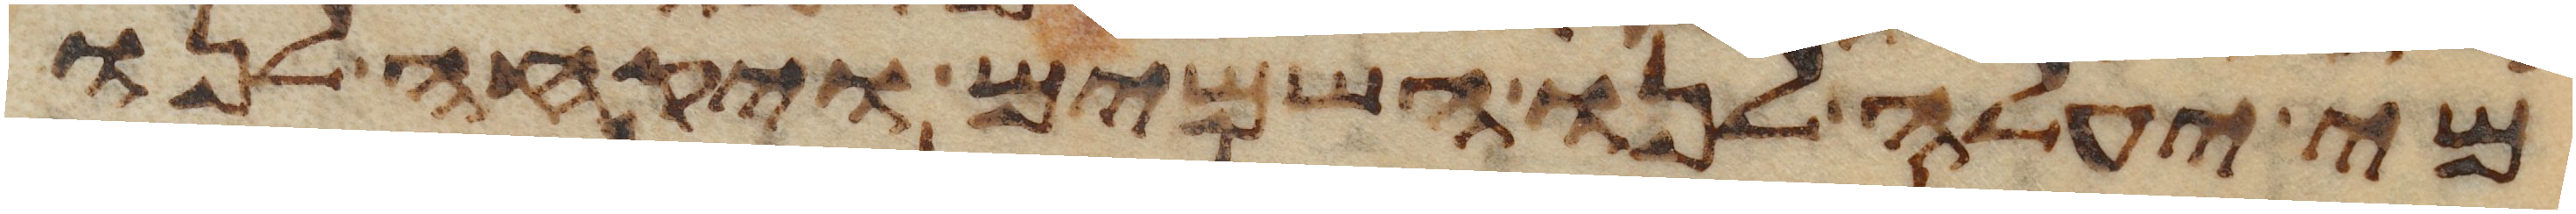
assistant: מי יעלה לנו השמים ויקחה לנו